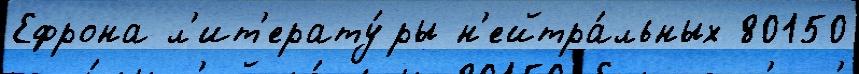
Ефрона л'ит'ерату́ры н'ейтра́льных 80150